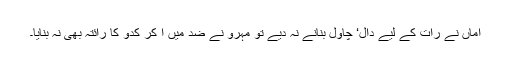
اماں نے رات کے لیے دال‘ چاول بنانے نہ دیے تو مہرو نے ضد میں آ کر کدو کا رائتہ بھی نہ بنایا۔